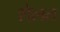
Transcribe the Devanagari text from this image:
शेलत